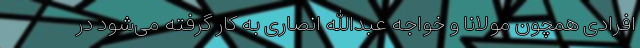
افرادی همچون مولانا و خواجه عبدالله انصاری به کار گرفته می‌شود در